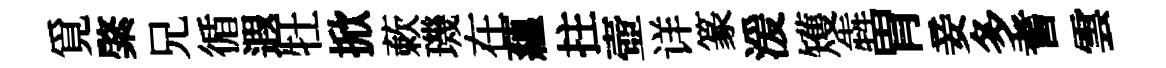
覓綮兄循遐牡掀蔌璣在蘊拄壺详篆湲矱犇胃妾多耆雲